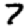
Digit: 7